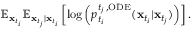
\begin{array} { r } { \mathbb { E } _ { \mathbf { x } _ { t _ { i } } } \mathbb { E } _ { \mathbf { x } _ { t _ { j } } | \mathbf { x } _ { t _ { i } } } \left[ \log \left( p _ { t _ { i } } ^ { { t _ { j } } \, , \mathrm { O D E } } ( \mathbf { x } _ { t _ { i } } | \mathbf { x } _ { t _ { j } } ) \right) \right] . } \end{array}